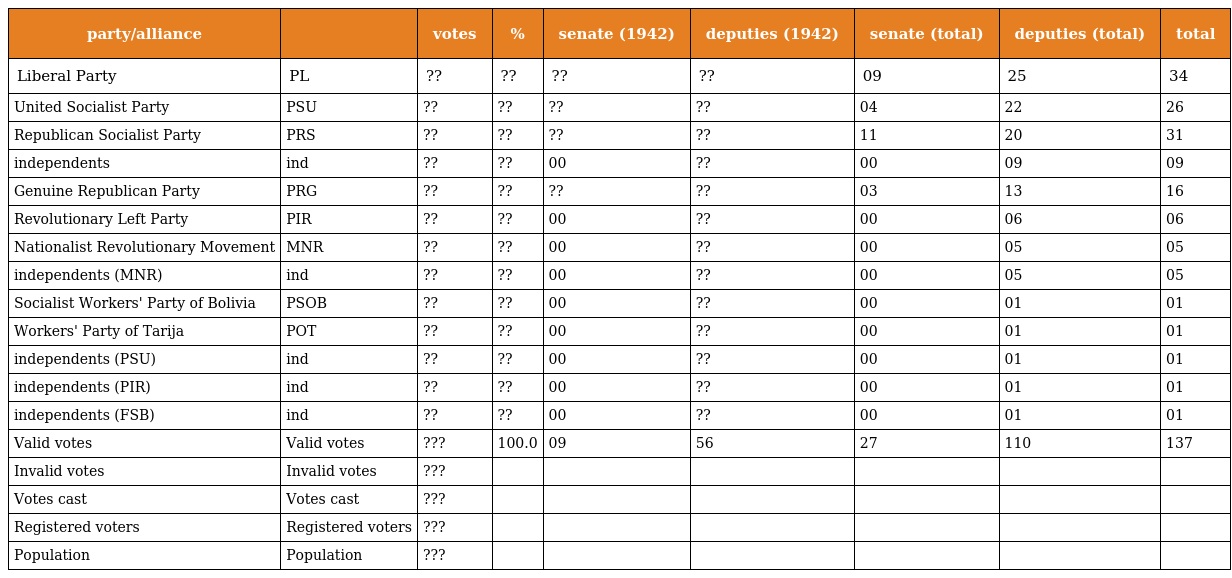
| party/alliance |  | votes | % | senate (1942) | deputies (1942) | senate (total) | deputies (total) | total |
 | --- | --- | --- | --- | --- | --- | --- | --- | --- |
 | Liberal Party | PL | ?? | ?? | ?? | ?? | 09 | 25 | 34 |
 | United Socialist Party | PSU | ?? | ?? | ?? | ?? | 04 | 22 | 26 |
 | Republican Socialist Party | PRS | ?? | ?? | ?? | ?? | 11 | 20 | 31 |
 | independents | ind | ?? | ?? | 00 | ?? | 00 | 09 | 09 |
 | Genuine Republican Party | PRG | ?? | ?? | ?? | ?? | 03 | 13 | 16 |
 | Revolutionary Left Party | PIR | ?? | ?? | 00 | ?? | 00 | 06 | 06 |
 | Nationalist Revolutionary Movement | MNR | ?? | ?? | 00 | ?? | 00 | 05 | 05 |
 | independents (MNR) | ind | ?? | ?? | 00 | ?? | 00 | 05 | 05 |
 | Socialist Workers' Party of Bolivia | PSOB | ?? | ?? | 00 | ?? | 00 | 01 | 01 |
 | Workers' Party of Tarija | POT | ?? | ?? | 00 | ?? | 00 | 01 | 01 |
 | independents (PSU) | ind | ?? | ?? | 00 | ?? | 00 | 01 | 01 |
 | independents (PIR) | ind | ?? | ?? | 00 | ?? | 00 | 01 | 01 |
 | independents (FSB) | ind | ?? | ?? | 00 | ?? | 00 | 01 | 01 |
 | Valid votes | Valid votes | ??? | 100.0 | 09 | 56 | 27 | 110 | 137 |
 | Invalid votes | Invalid votes | ??? |  |  |  |  |  |  |
 | Votes cast | Votes cast | ??? |  |  |  |  |  |  |
 | Registered voters | Registered voters | ??? |  |  |  |  |  |  |
 | Population | Population | ??? |  |  |  |  |  |  |